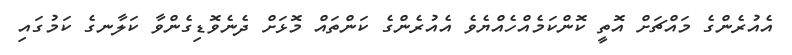
އެއުރެންގެ މައްޗަށް އޮތީ ކޮންކަމެއްހެއްޔެވެ އެއުރެންގެ ކަންތައް މޮޅަށް ދެނެވޮޑިގެންވާ ކަލާނގެ ކަމުގައި